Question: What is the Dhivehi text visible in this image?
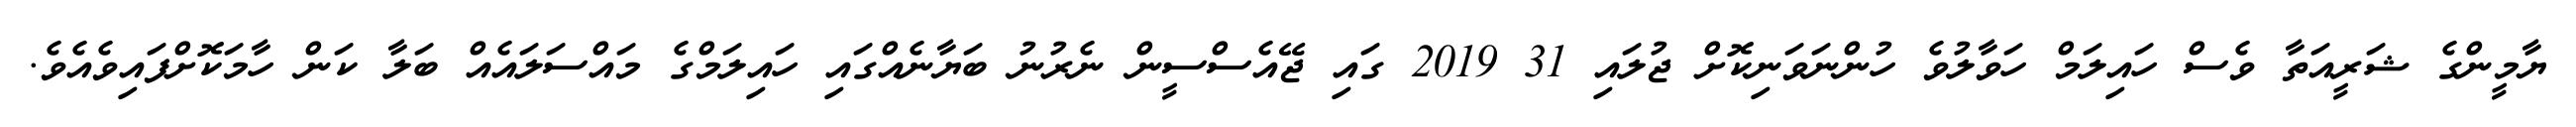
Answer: ޔާމީންގެ ޝަރީއަތާ ވެސް ހައިލަމް ހަވާލުވެ ހުންނަވަނިކޮށް ޖުލައި 31 2019 ގައި ޖޭއެސްސީން ނެރުނު ބަޔާނެއްގައި ހައިލަމްގެ މައްސަލައެއް ބަލާ ކަން ހާމަކޮށްފައިވެއެވެ.